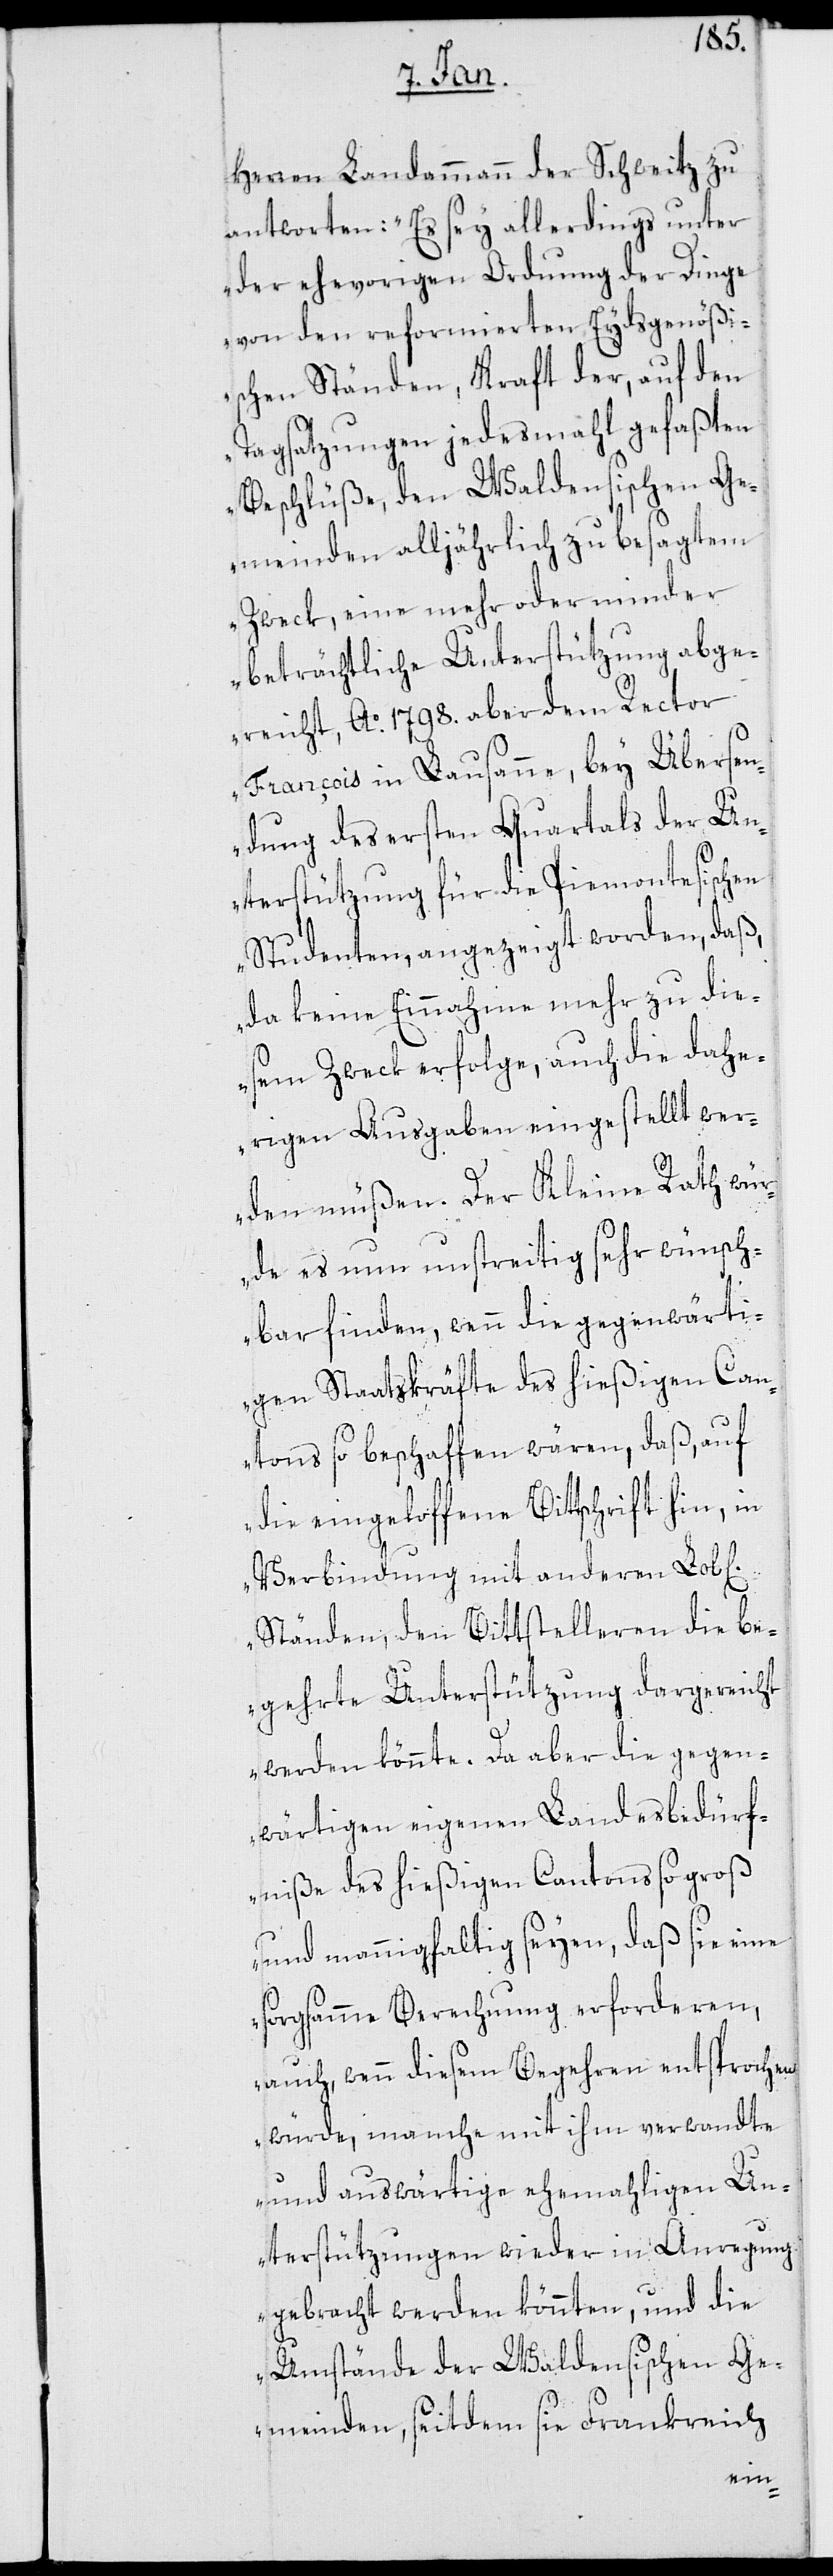
Herren Landammann der Schweitz zu
antworten: „Es sey allerdings unter
der ehevorigen Ordnung der Dinge
von den reformierten Eydsgenößi¬
schen Ständen, Kraft der, auf den
Tagsatzungen jedesmahl gefaßten
Beschlüße, den Waldensischen Ge¬
meinden alljährlich zu besagtem
Zweck, eine mehr oder minder
beträchtliche Unterstützung abge¬
reicht, Ao 1798. aber dem Rector
François in Lausanne, bey Übersen¬
dung des ersten Quartals der Un¬
terstützung für die Piemontesischen
Studenten, angezeigt worden, daß,
da keine Einnahme mehr zu die¬
ßem Zweck erfolge, auch die dahe¬
rige Ausgaben eingestellt wer¬
den müßen. Der Kleine Rath wür¬
de es nun unstreitig sehr wünsch¬
bar finden, wenn die gegenwärti¬
gen Staatskräfte des hießigen Can¬
ton so beschaffen wären, daß, auf
die eingeloffene Bittschrift hin, in
Verbindung mit anderen Lob[lich¬
Ständen, den Bittstelleren die be¬
gehrte Unterstützung dargereicht
werden könnte. Da aber die gegen¬
wärtigen eigenen Landesbedürf¬
niße des hießigen Cantons so groß
und mannigfaltig seyen, daß sie eine
sorgsamme Berechnung erforderen,
auch wenn diesem Begehren entsprochen
würde, manche mit ihm verwandte
und auswärtige ehemahligen Un¬
terstützungen wieder in Anregung
gebracht werden könnten, und die
Umstände der Waldensischen Ge¬
meinden, seitdem sie Frankreich
en]